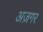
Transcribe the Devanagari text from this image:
अज़गर